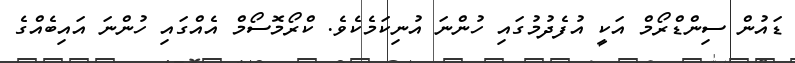
ޑައުން ސިންޑްރޯމް އަކީ އުފެދުމުގައި ހުންނަ އުނިކަމެކެވެ. ކްރޯމޮސޯމް އެއްގައި ހުންނަ އައިބެއްގެ